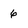
Character: 6